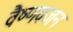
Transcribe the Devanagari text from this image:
वैष्णवजन